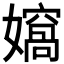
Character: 𭒨